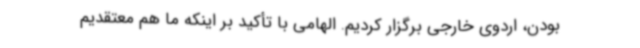
بودن، اردوی خارجی برگزار کردیم. الهامی با تأکید بر اینکه ما هم معتقدیم